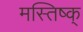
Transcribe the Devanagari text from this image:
मस्तिष्क्